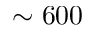
\sim 6 0 0